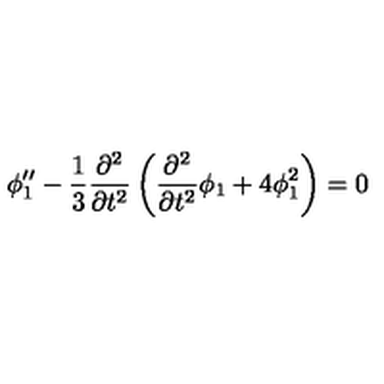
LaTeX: \phi _ { 1 } ^ { \prime \prime } - \frac { 1 } { 3 } \frac { \partial ^ { 2 } } { \partial t ^ { 2 } } \left( \frac { \partial ^ { 2 } } { \partial t ^ { 2 } } { \phi } _ { 1 } + 4 \phi _ { 1 } ^ { 2 } \right) = 0